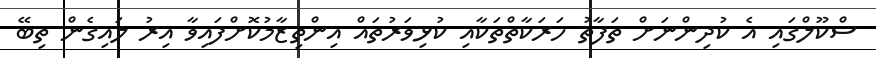
ސްކޫލްގައި އެ ކުދިންނަށް ތަފާތު ހަރަކާތްތަކާއި ކުޅިވަރުތައް އިންތިޒާމުކޮށްފައިވާ އިރު ލައިގެން ތިބޭ